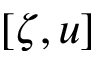
[ \zeta , u ]